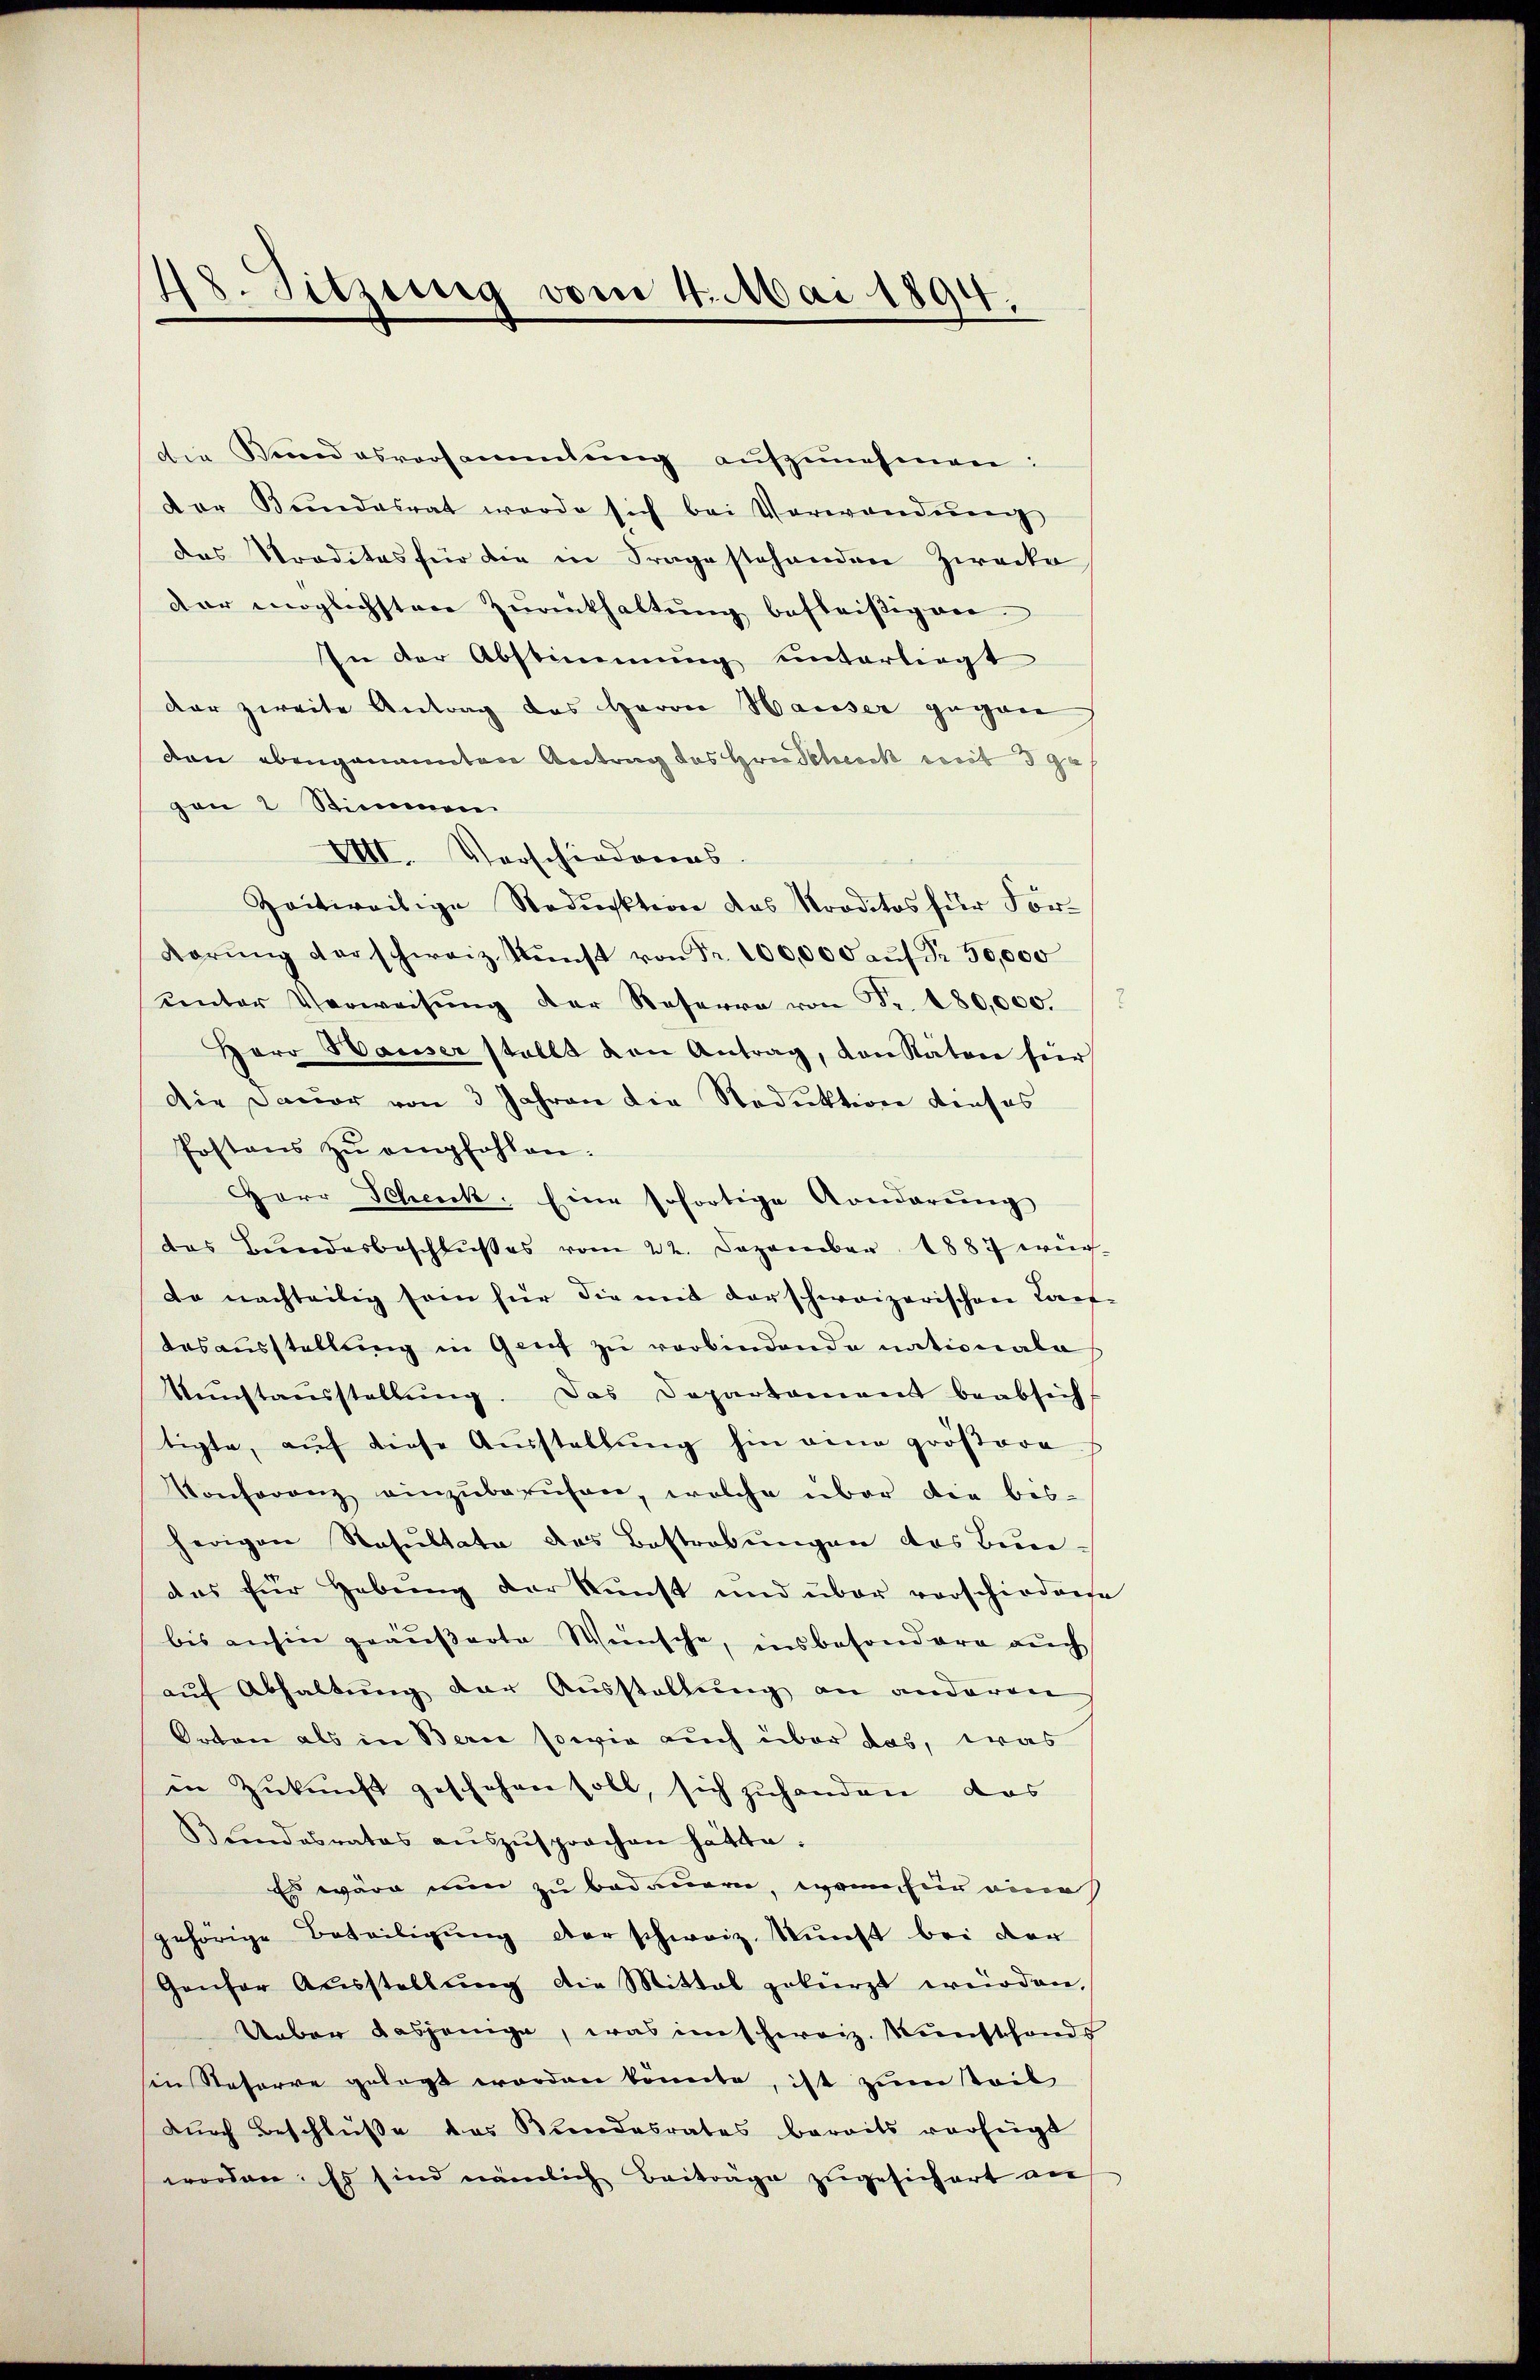
48. Sitzung vom 4. Mai 1894.

die Bundesversammlung aŭfzŭnehmen:
dor Bŭndesrat werde sich bei Verwendŭng
das Traditas für die in Frage stehenden Zwecke
dar möglichstere Zŭrückhaltŭng befleißigen.
In der Abstimmung unterliegt
dar zweite Antrag des Herrn Hauser gegen
dan ebengenannten Antrag des Hrn. Schreck mit 3 ga
gon 2 Stimmen
VIII. Vorschiederens.
Zeitweilige Reduktion das Nordetos für För-
Karŭng der schweiz. Kŭnst von Fr. 100,000 aŭf Fr. 50,000
unter Verweisung der Reserra von Fr. 180,000.
Herr Hauser stellt den Antrag, den Räten für
Die Dauer von 3 Jahren die Reduktion dieses
Postens zŭ empfohlen.
Herr Scheck. Eine sofortige Kondarŭng
das Bundesbeschlußes vom 22. Dezember 1887 wer¬
Da nachteilig sein hier die mit derschweizerischen Cant
desausstellung in Genf zu verbindende nationala
Nuchtausstellung. Das Departament beabsich
tigte, auf diese Ausstellung hin eine größere
Konferenz einzŭberŭfen, welche über die bes-
herigen Resultate das Bestrebungen des Bun-
das für Hebŭng der Kunst und über vorschieder
bis anhin geäußerte Wünsche, insbesondere auch
aŭf Abhaltŭng der Ausstellŭng an anderen
Orten als in Bern sowie auch über das, was
in Zukunft geschehen soll, sich zuhanden, das
Bŭndesrates aŭszŭsprochen hätte.
Es wäre nun zu bedauern, wenn für eine
gehörige Beteiligung der schweiz. Kunst bei der
Genfer Aŭsstellŭng die Mittel gekürzt würden.
Ueber dasjenige, was imschweiz. Kunstfonds
in Stefarre gelegt worden könnte, ist zum Teil
dŭrch Beschlüße das Bundesrates bereits verfügt
worden. Es sind nämlich Beiträge zugesichert wie

e